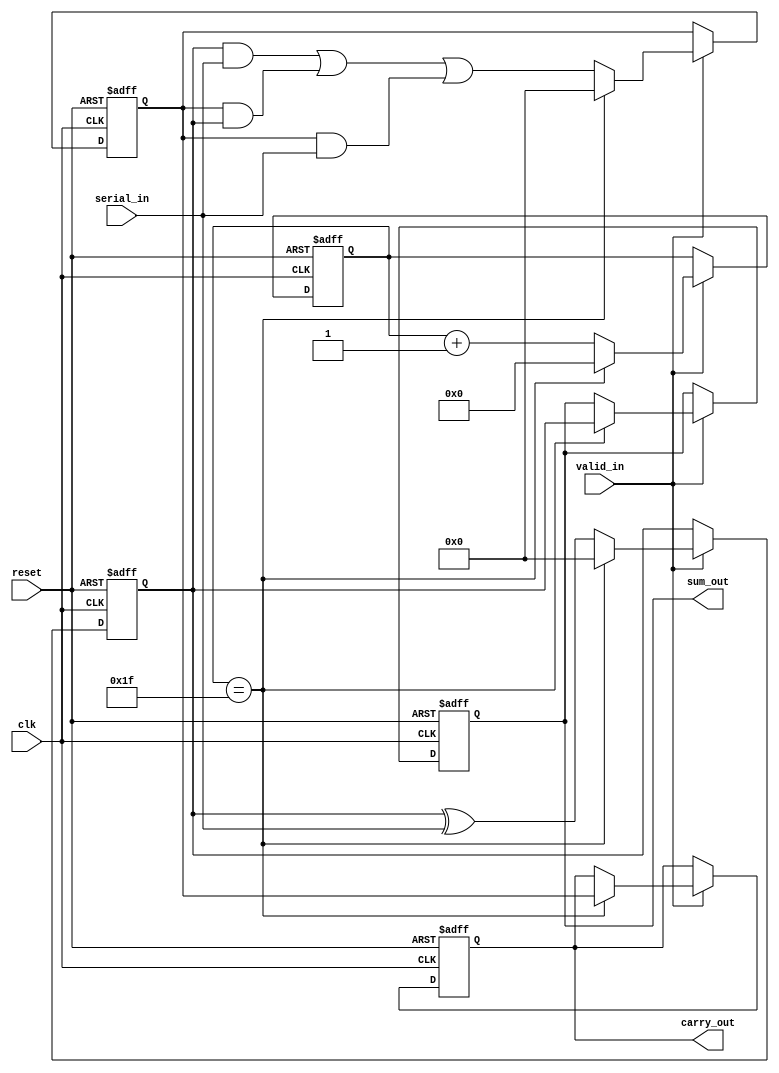
module carry_save_adder (
    input wire clk,             // Clock signal
    input wire reset,           // Reset signal
    input wire serial_in,       // Serial input bit
    input wire valid_in,        // Valid input signal to indicate new data
    output reg [31:0] sum_out,  // Output sum
    output reg [31:0] carry_out  // Output carry
);

    reg [31:0] sum;            // Partial sum accumulator
    reg [31:0] carry;          // Partial carry accumulator
    reg [4:0] bit_count;       // Bit counter for tracking input bits

    always @(posedge clk or posedge reset) begin
        if (reset) begin
            sum <= 32'b0;      // Reset sum accumulator
            carry <= 32'b0;    // Reset carry accumulator
            bit_count <= 5'b0;  // Reset bit counter
            sum_out <= 32'b0;   // Reset output sum
            carry_out <= 32'b0; // Reset output carry
        end else if (valid_in) begin
            // Update the sum and carry accumulators
            sum <= (sum ^ serial_in); // Update sum with current input
            carry <= ((sum & serial_in) | (carry & sum) | (carry & serial_in)); // Update carry

            // Increment bit count
            bit_count <= bit_count + 1;

            // If all bits have been processed, finalize output
            if (bit_count == 5'd31) begin
                sum_out <= sum;     // Assign final sum to output
                carry_out <= carry; // Assign final carry to output
                // Reset accumulators for next operation
                sum <= 32'b0;
                carry <= 32'b0;
                bit_count <= 5'b0;
            end
        end
    end

endmodule